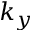
k _ { y }